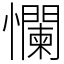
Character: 㦨